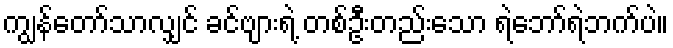
ကျွန်တော်သာလျှင် ခင်ဗျားရဲ့ တစ်ဦးတည်းသော ရဲဘော်ရဲဘက်ပဲ။